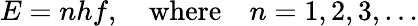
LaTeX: E=nhf,\quad{\mathrm{where}}\quad n=1,2,3,\ldots